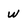
Character: w